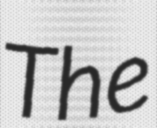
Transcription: The